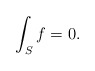
\begin{align*}\int_S f = 0.\end{align*}